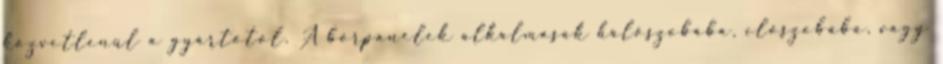
közvetlenül a gyártótól. A bőrpanelek alkalmasak hálószobába, előszobába, vagy